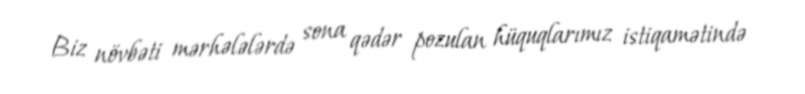
Biz növbəti mərhələlərdə sona qədər pozulan hüquqlarımız istiqamətində